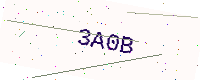
Text: 3A0B